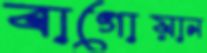
বাগোয়ান